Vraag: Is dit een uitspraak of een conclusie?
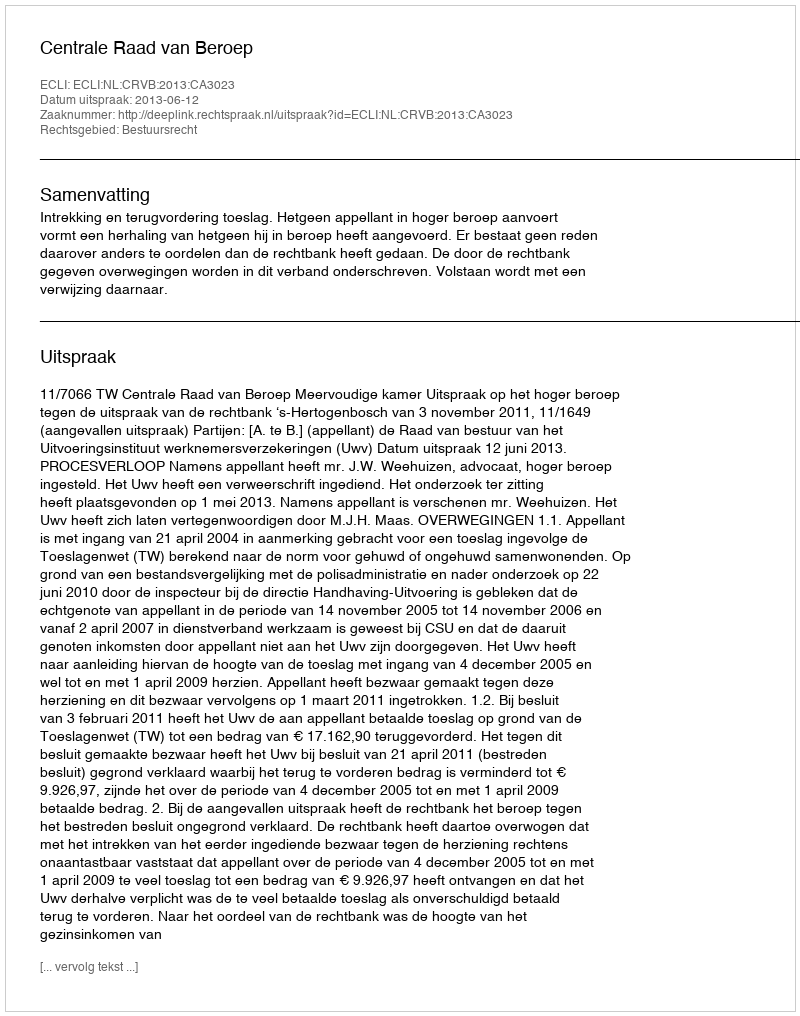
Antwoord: Uitspraak